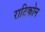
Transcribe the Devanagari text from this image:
राटिकोन